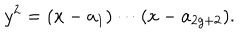
LaTeX: y ^ { 2 } = ( x - a _ { 1 } ) \cdots ( x - a _ { 2 g + 2 } ) .